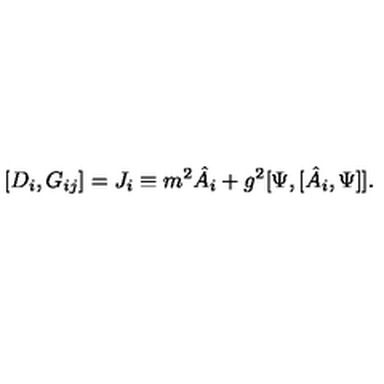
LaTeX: [ D _ { i } , G _ { i j } ] = J _ { i } \equiv m ^ { 2 } \hat { A } _ { i } + g ^ { 2 } [ \Psi , [ \hat { A } _ { i } , \Psi ] ] .